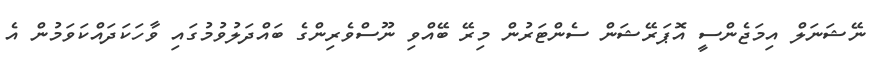
ނޭޝަނަލް އިމަޖެންސީ އޮޕަރޭޝަން ސެންޓަރުން މިރޭ ބޭއްވި ނޫސްވެރިންގެ ބައްދަލުވުމުގައި ވާހަކަދައްކަވަމުން އެ